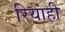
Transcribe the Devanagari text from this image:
रियाही